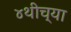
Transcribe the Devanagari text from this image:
४थीच्या